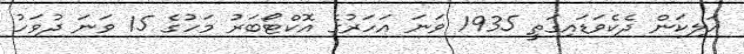
އަލިކަން ދެކެވަޑައިގަތީ 1935 ވަނަ އަހަރުގެ އޮކްޓޯބަރު މަހުގެ 15 ވަނަ ދުވަހު